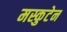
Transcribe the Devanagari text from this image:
मस्कुटेन